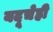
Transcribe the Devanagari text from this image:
यदूचेही